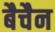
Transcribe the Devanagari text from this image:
बैचैन